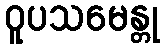
ဝူပသမေန္တု